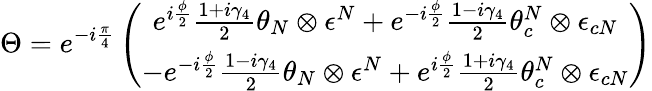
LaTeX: \Theta=e^{-i\frac{\pi}{4}}\left(\begin{array}{c}{{e^{i\frac{\phi}{2}}\frac{1+i\gamma_{4}}{2}\theta_{N}\otimes\epsilon^{N}+e^{-i\frac{\phi}{2}}\frac{1-i\gamma_{4}}{2}\theta_{c}^{N}\otimes\epsilon_{cN}}}\\ {{-e^{-i\frac{\phi}{2}}\frac{1-i\gamma_{4}}{2}\theta_{N}\otimes\epsilon^{N}+e^{i\frac{\phi}{2}}\frac{1+i\gamma_{4}}{2}\theta_{c}^{N}\otimes\epsilon_{cN}}}\end{array}\right)